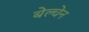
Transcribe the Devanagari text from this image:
बेल्चेन